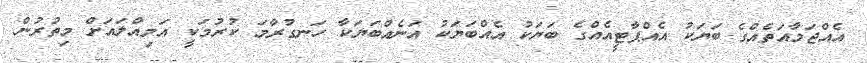
އެއްޖަމާއަތެއްގެ ބަޔަކު އެއްޕާޓީއެއްގެ ބަޔަކު އެއްބަޔަކު އަނެއްބަޔަކާ ހަނގުރާމަ ކުރުމަކީ އަމިއްލައަށް މިތުރުން